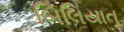
બિલિયાત